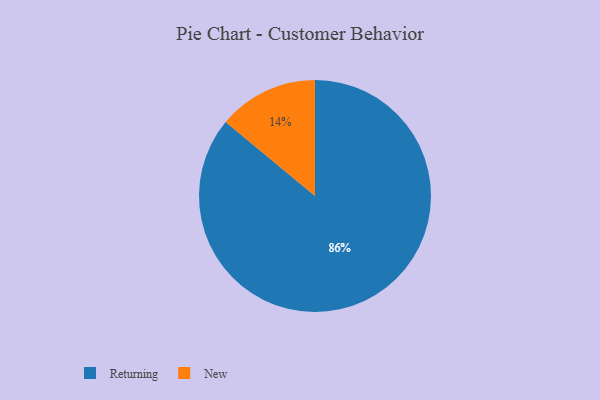
{"axis": {"x": "Category", "y": "Percentage"}, "legend": ["New", "Returning"], "data": [{"x": "Returning", "y": 86, "type": "Returning"}, {"x": "New", "y": 14, "type": "New"}]}